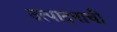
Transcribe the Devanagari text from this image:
उत्‍पादनाची